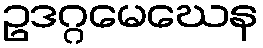
ဥဒဂ္ဂမေဃေန